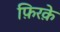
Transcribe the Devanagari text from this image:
फ़िरक़े